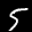
Digit: 5